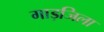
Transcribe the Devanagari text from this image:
गाड़जिला